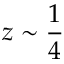
z \sim \frac { 1 } { 4 }